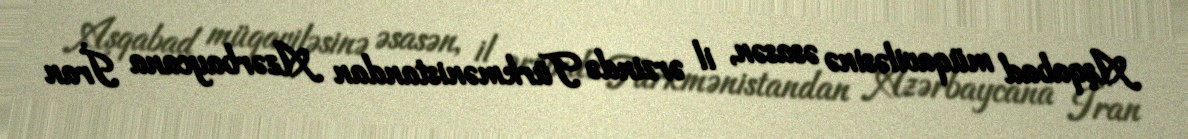
Aşqabad müqaviləsinə əsasən, il ərzində Türkmənistandan Azərbaycana İran